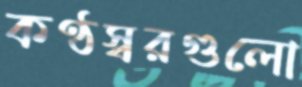
কণ্ঠস্বরগুলো